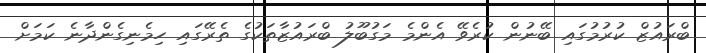
ބްރައުޒް ކުރުމުގައި ބޭނުން ކުރެވޭ އެންމެ މަގުބޫލު ބްރައުޒާތަކުގެ ތެރޭގައި ހިމެނިގެންދާނެ ކަމަށް